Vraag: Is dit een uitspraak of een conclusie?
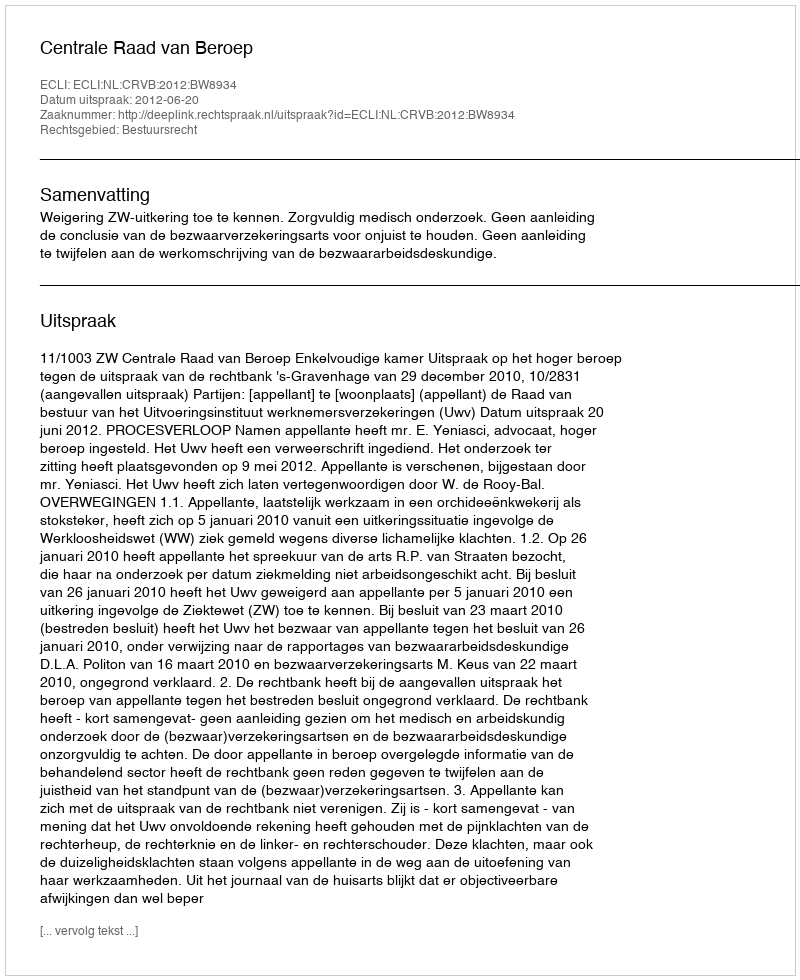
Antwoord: Uitspraak